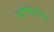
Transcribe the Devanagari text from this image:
जोगमहारांच्या